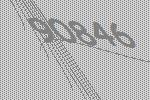
90846